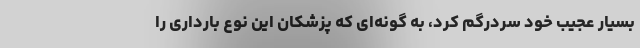
بسیار عجیب خود سردرگم کرد، به گونه‌ای که پزشکان این نوع بارداری را